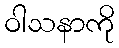
ဝါသနာကို